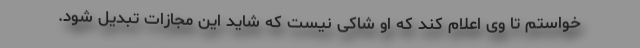
خواستم تا وی اعلام کند که او شاکی نیست که شاید این مجازات تبدیل شود.